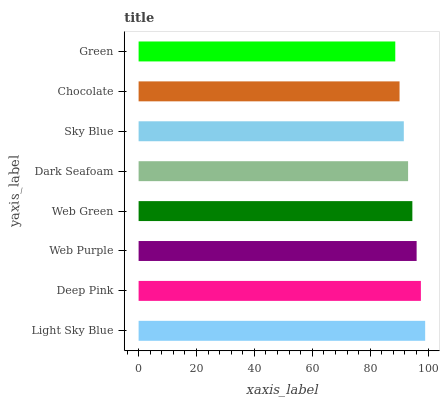
| yaxis_label | bars |
 | --- | --- |
 | Light Sky Blue | 99 |
 | Deep Pink | 97.5 |
 | Web Purple | 96 |
 | Web Green | 94.6 |
 | Dark Seafoam | 93.1 |
 | Sky Blue | 91.6 |
 | Chocolate | 90.1 |
 | Green | 88.7 |